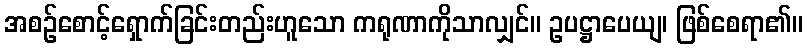
အစဉ်စောင့်ရှောက်ခြင်းတည်းဟူသော ကရုဏာကိုသာလျှင်။ ဥပဋ္ဌာပေယျ၊ ဖြစ်စေရာ၏။